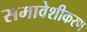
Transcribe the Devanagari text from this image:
समावेशीकरण